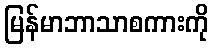
မြန်မာဘာသာစကားကို